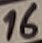
Text: 16